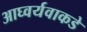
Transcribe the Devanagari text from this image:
आघ्वर्यवाकडे